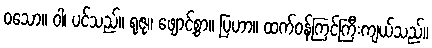
ဝသော။ ဝါ၊ ပင်သည်။ ရုဇု။ ဖျောင့်စွာ။ ပြဟာ။ ထက်ဝန်ကြင်ကြီးကျယ်သည်။